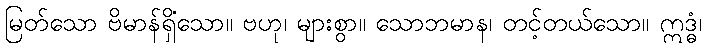
မြတ်သော ဗိမာန်ရှိသော။ ဗဟု၊ များစွာ။ သောဘမာနံ၊ တင့်တယ်သော။ ဣဒ္ဓံ၊